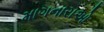
માગનારાઓ